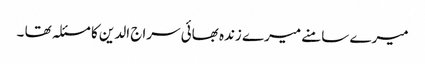
میرے سامنے میرے زندہ بھائی سراج الدین کا مسئلہ تھا ۔